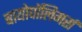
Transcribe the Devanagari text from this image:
बायोपॉलिमर्स